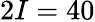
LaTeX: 2I=40